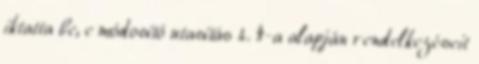
iktatta be, e módosító utasítás 4. §-a alapján rendelkezéseit